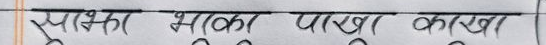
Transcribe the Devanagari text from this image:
पायका भाका पाखा काखा